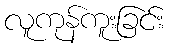
လူကုန်ကူးခြင်း